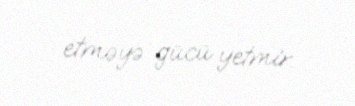
etməyə gücü yetmir.